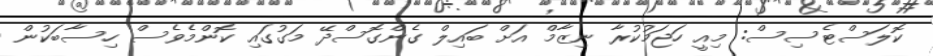
ކޮލަސްޓެސިސް: މިއީ ހަޖަމުކުރާ ނިޒާމް އަށް ބައިލް ގެންގޮސްދޭ މަގުގައި ކޮންމެވެސް ހިސާބަކުން